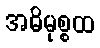
အဓိမုစ္စထ